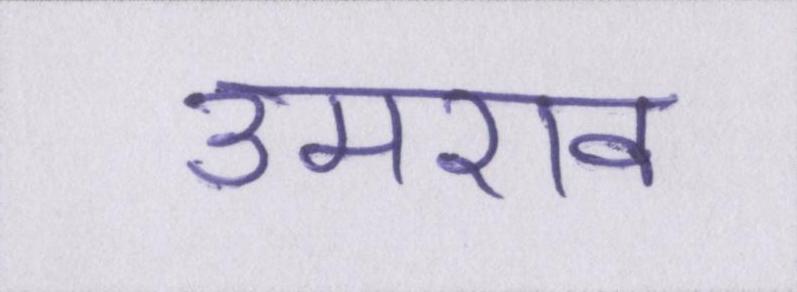
उमराव